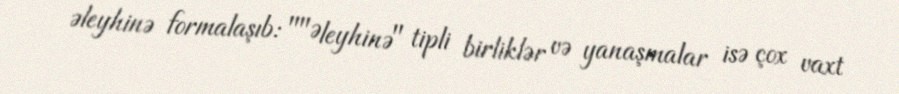
əleyhinə formalaşıb: ""Əleyhinə" tipli birliklər və yanaşmalar isə çox vaxt